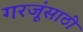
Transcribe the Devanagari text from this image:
गरजूंसाठी